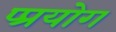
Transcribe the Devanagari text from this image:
प्प्रयोग